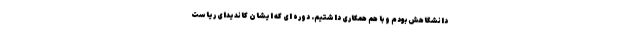
دانشگاهش بودم و با هم همکاری داشتیم. دوره ای که ایشان کاندیدای ریاست